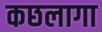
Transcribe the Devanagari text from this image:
कछलागा